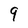
Character: 9